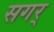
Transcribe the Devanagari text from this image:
सगर्